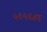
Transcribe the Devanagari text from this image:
५६५६४६